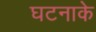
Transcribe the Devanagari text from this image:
घटनाके